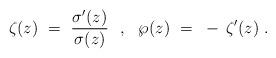
LaTeX: \begin{align*}\zeta(z)~=~{\sigma^\prime(z) \over \sigma(z)}~~,~~ \wp \>\! (z)~=~- \, \zeta^\prime(z)~.\end{align*}